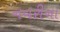
નવરીના